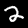
Label: 2